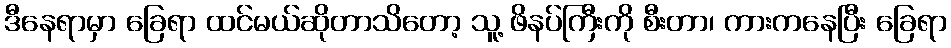
ဒီနေရာမှာ ခြေရာ ထင်မယ်ဆိုတာသိတော့ သူ့ ဖိနပ်ကြီးကို စီးတာ၊ ကားကနေပြီး ခြေရာ